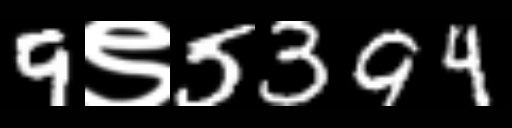
Text: 9९5394